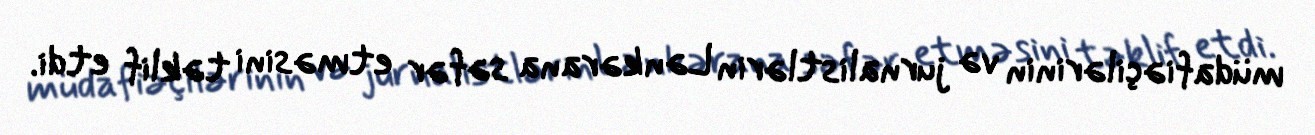
müdafiəçilərinin və jurnalistlərin Lənkərana səfər etməsini təklif etdi.